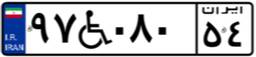
۹۷W۰۸۰۵۴